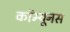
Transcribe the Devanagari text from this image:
कॉम्यूनस